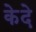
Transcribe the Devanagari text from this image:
केदे